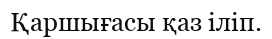
Қаршығасы қаз іліп.